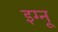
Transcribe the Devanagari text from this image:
इग्‍नू